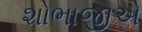
શોભાજીએ